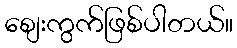
စျေးကွက်ဖြစ်ပါတယ်။